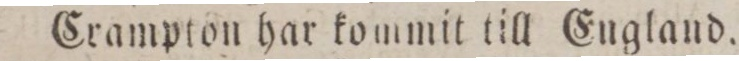
Crampton har kommit till England.